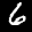
Label: 6